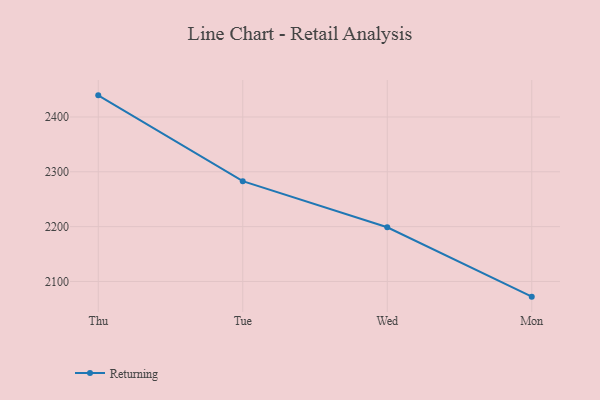
{"axis": {"x": "Day", "y": "Waste Production (Tons)"}, "legend": ["Returning"], "data": [{"x": "Thu", "y": 2439.4, "type": "Returning"}, {"x": "Tue", "y": 2282.9, "type": "Returning"}, {"x": "Wed", "y": 2198.8, "type": "Returning"}, {"x": "Mon", "y": 2072.3, "type": "Returning"}]}